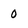
Character: 0